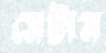
মেটান